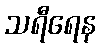
သရီရေန